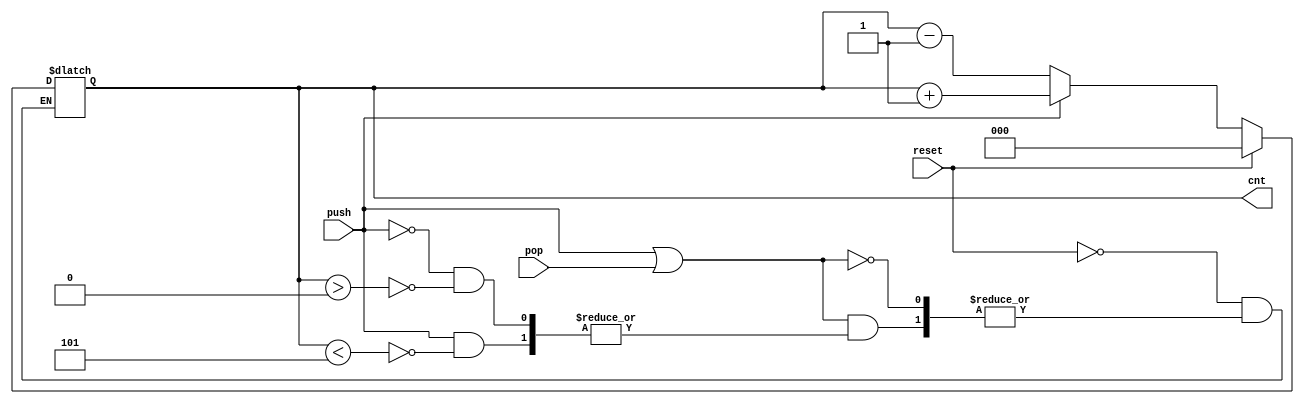
`timescale 1ns / 1ps

module Counter(
input push,
input pop,
input reset,
output reg [2:0] cnt
);

wire en;
assign en = push | pop;

always @*
 begin 
         if (reset)
           begin
            cnt <=0;
            end
                else if (en)
                begin
                    if (push == 1)
                    begin
                        if (cnt < 5) 
                        begin
                            cnt <= cnt + 1;
                        end
                    end
                   
                        else 
                        begin
                            if (cnt > 0) 
                            begin
                                cnt <= cnt - 1;
                            end     
                        end
                end
             else 
                begin
                    cnt<= cnt;
                end
 end
endmodule